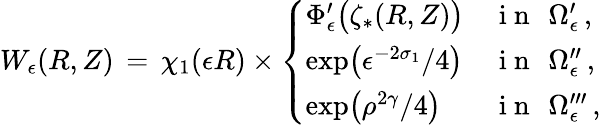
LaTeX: W_{\epsilon}(R,Z)\, =\, \chi_{1}(\epsilon R)\times\left\{ \begin{array}{ll}{\Phi_{\epsilon}^{\prime}\bigl(\zeta_{*}(R,Z)\bigr)}&{\mathrm{~i~n~}~\, \Omega_{\epsilon}^{\prime}\, ,}\\ {\exp\bigl(\epsilon^{-2\sigma_{1}}/4\bigr)}&{\mathrm{~i~n~}~\, \Omega_{\epsilon}^{\prime\prime}\, ,}\\ {\exp\bigl(\rho^{2\gamma}/4\bigr)}&{\mathrm{~i~n~}~\, \Omega_{\epsilon}^{\prime\prime\prime}\, ,}\end{array}\right.